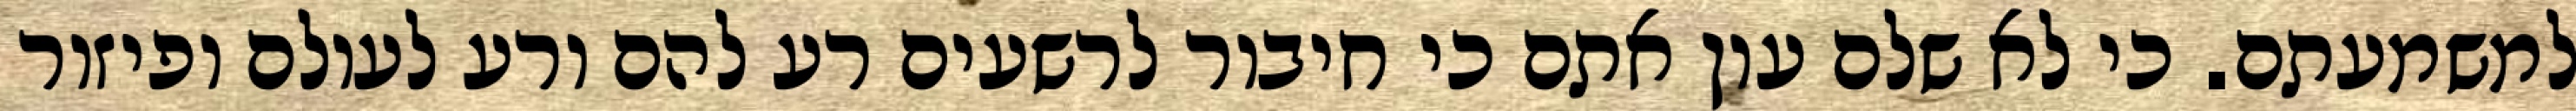
למשמעתם. כי לא שלם עון אתם כי חיבור לרשעים רע להם ורע לעולם ופיזור